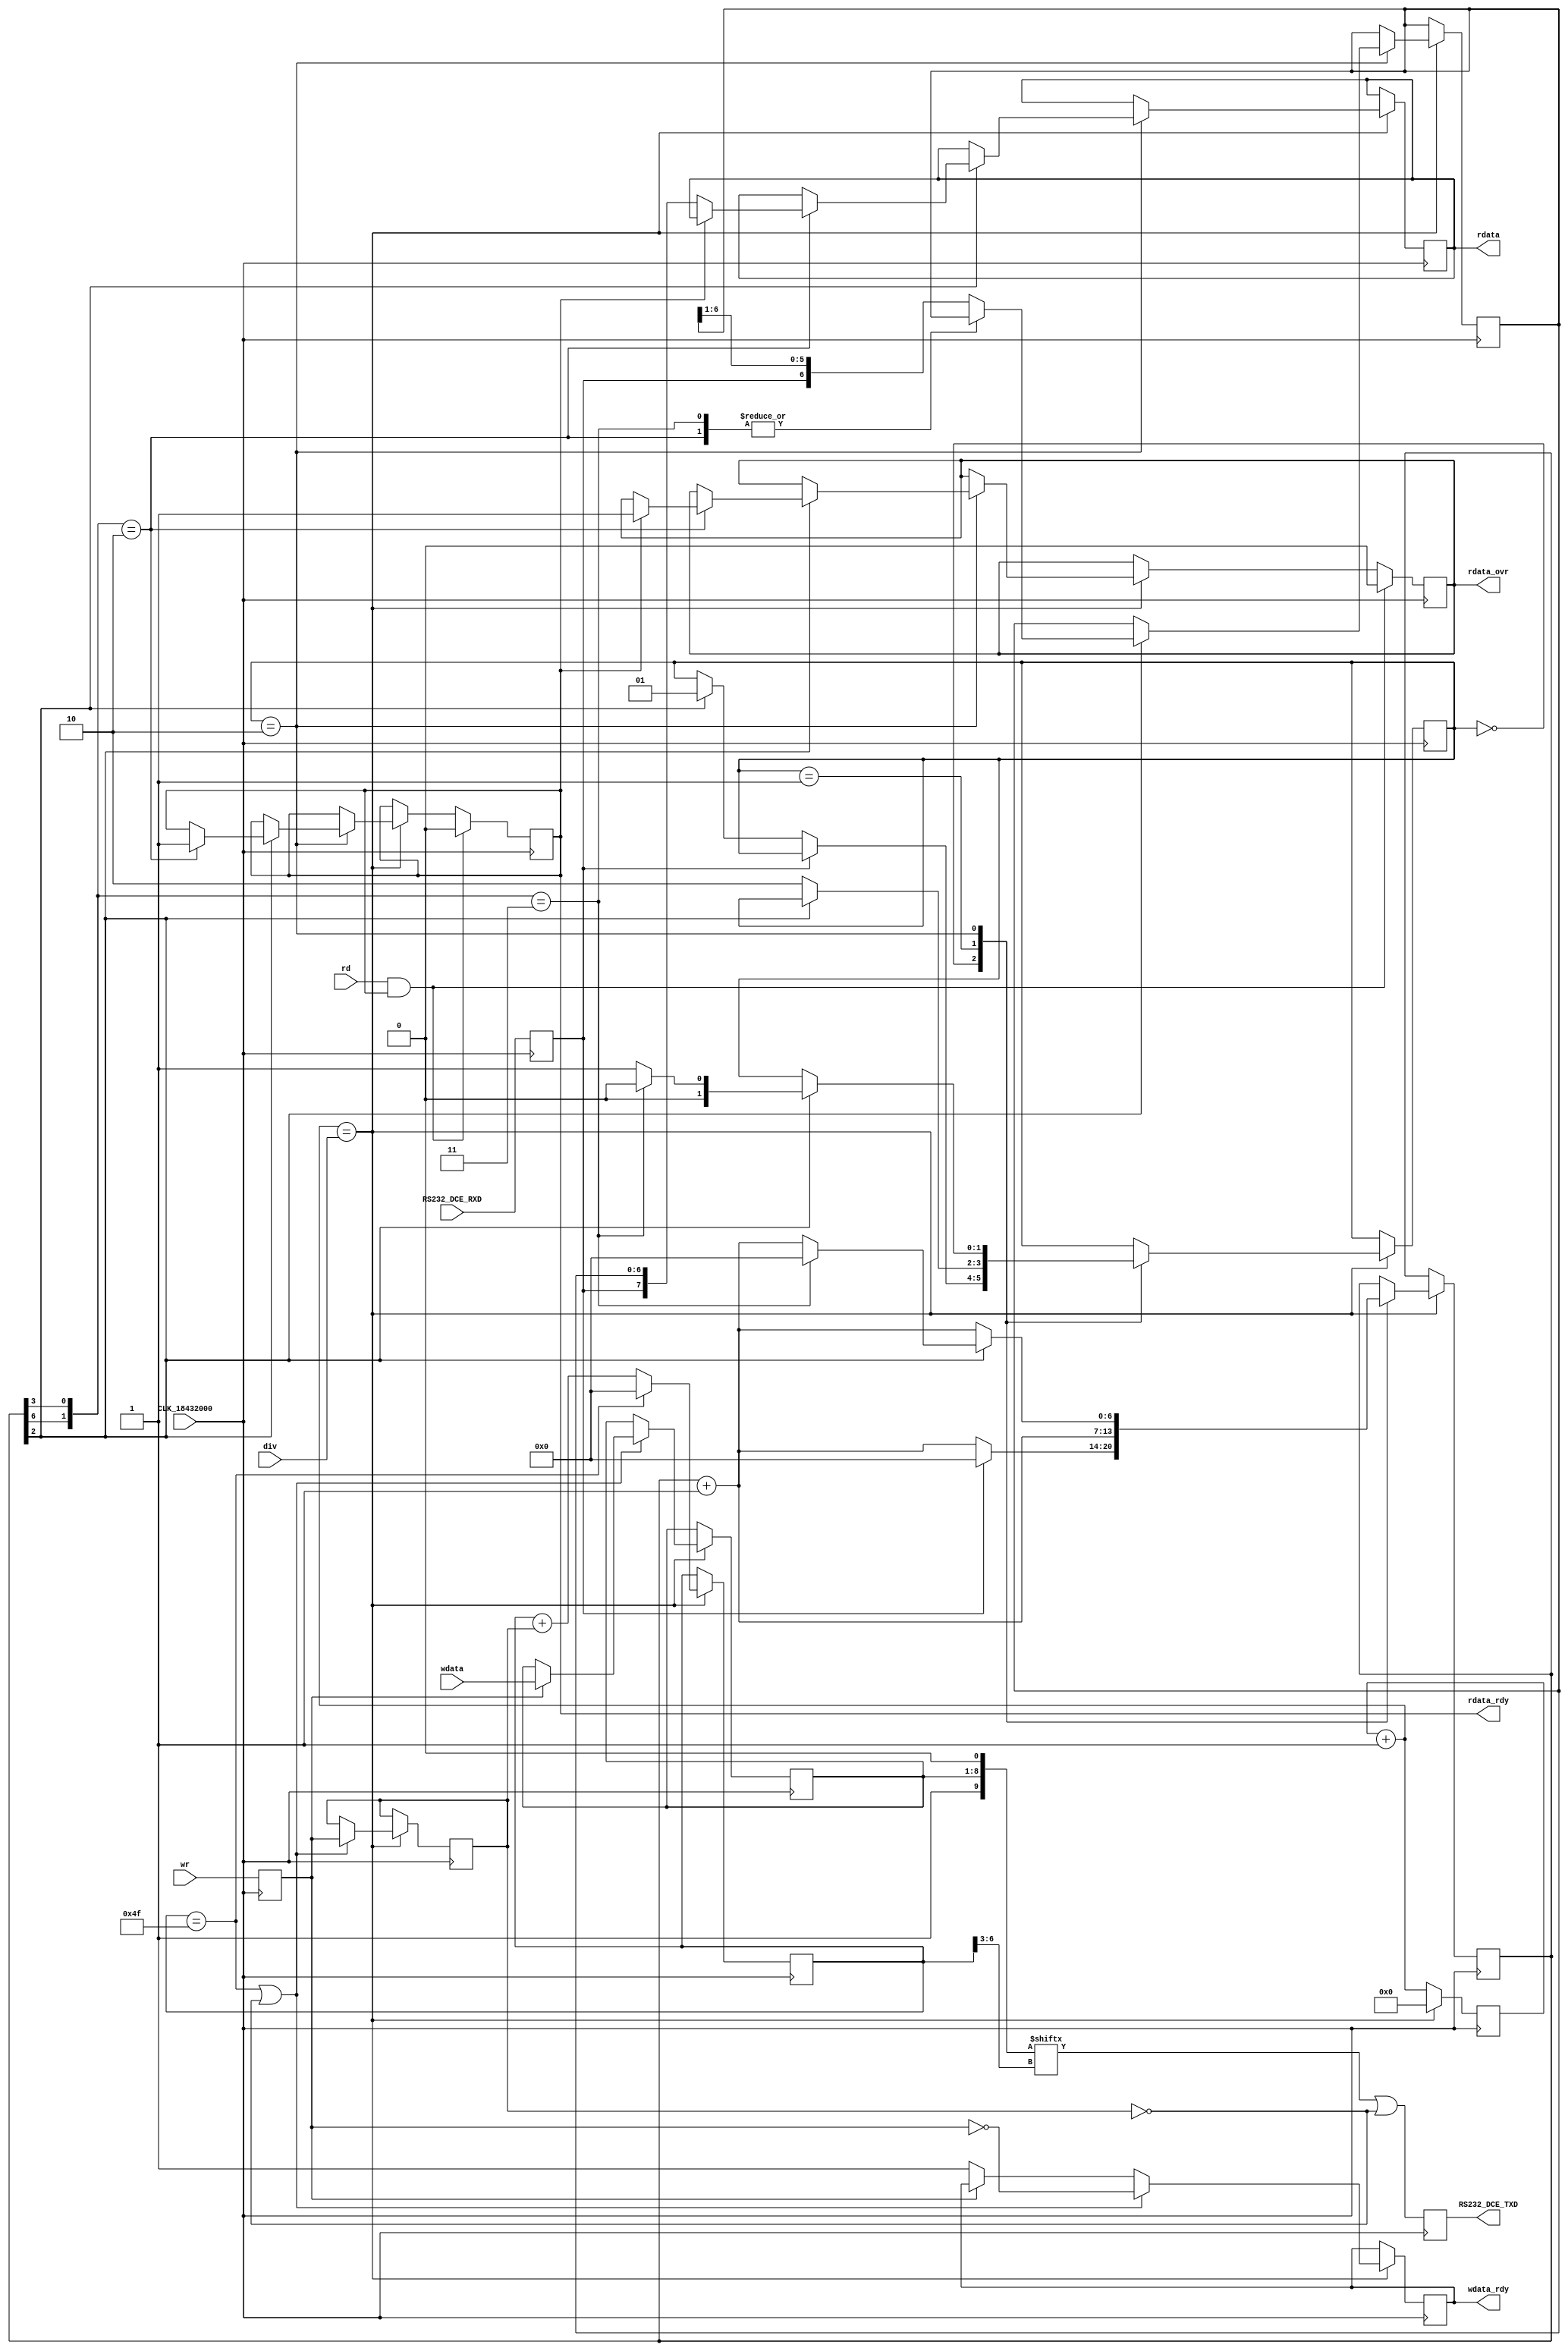
`timescale 1ns / 1ps
//////////////////////////////////////////////////////////////////////////////////
//
// This file is part of the Next186 Soc PC project
// http://opencores.org/project,next186
//
// Description: Part of the Next186 SoC PC project, rs232 physical interface
// Version 1.0
//
//
/////////////////////////////////////////////////////////////////////////////////
// 
// Copyright (C) 2015 Nicolae Dumitrache
// 
// This source file may be used and distributed without 
// restriction provided that this copyright statement is not 
// removed from the file and that any derivative work contains 
// the original copyright notice and the associated disclaimer.
// 
// This source file is free software; you can redistribute it 
// and/or modify it under the terms of the GNU Lesser General 
// Public License as published by the Free Software Foundation;
// either version 2.1 of the License, or (at your option) any 
// later version. 
// 
// This source is distributed in the hope that it will be 
// useful, but WITHOUT ANY WARRANTY; without even the implied 
// warranty of MERCHANTABILITY or FITNESS FOR A PARTICULAR 
// PURPOSE. See the GNU Lesser General Public License for more 
// details. 
// 
// You should have received a copy of the GNU Lesser General 
// Public License along with this source; if not, download it 
// from http://www.opencores.org/lgpl.shtml 
// 
///////////////////////////////////////////////////////////////////////////////////
// Additional Comments: 
//
//////////////////////////////////////////////////////////////////////////////////


module rs232_phy (
		input CLK_18432000, 
		input RS232_DCE_RXD,
		output reg RS232_DCE_TXD,
		input [15:0]div,
		output reg [7:0]rdata,
		output reg rdata_rdy = 1'b0,	// when rdata_rdy=1, keep rd=1 until rdata_rdy=0. (!)asserted on the same clock edge as rdata
		output reg rdata_ovr = 1'b0,	// data override (resets when rd=1)
		output reg wdata_rdy = 1'b0,	
		input rd,
		input wr,
		input [7:0]wdata // set wdata when wdata_rdy=1, keep it with wr=1 until wdata_rdy=0, then drive wr=0 until wdata_rdy=1
	);
	
	reg [15:0]cnt = 16'h0000;
	reg [1:0]STATE = 3'b000;
	reg [6:0]WSTATE = 6'b000000;
	reg [6:0]sample = 7'h00;
	reg [6:0]rdata1;
	reg [7:0]wdata1;
	reg sending = 1'b0;
	reg swr = 1'b0;
	reg sRS232_DCE_RXD = 1'b0;
	wire [15:0]cnt1 = cnt + 1'b1;
	wire ce = cnt1 == div;
	wire [9:0]wdata2 = {1'b1, wdata1, 1'b0};
		
	
	always @(posedge CLK_18432000) begin
		cnt <= ce ? 16'h0000 : cnt1;
		RS232_DCE_TXD <= wdata2[WSTATE[6:3]] | !sending;
		swr <= wr;
		sRS232_DCE_RXD <= RS232_DCE_RXD;
		
		if(ce) begin
// read
			case(STATE)
				0: if(sRS232_DCE_RXD) sample <= 7'h00;
				   else begin
						sample <= sample + 1'b1;
						if(sample[2]) STATE <= 1;
				   end
				1: begin
					sample <= sample + 1'b1;
					if(!sample[2]) STATE <= 2;
				end
				2: begin
					sample <= sample + 1'b1;
					if(sample[2]) 
						case({sample[6], sample[3]})
							2: begin 		// last data bit
								if(!rdata_rdy) rdata <= {sRS232_DCE_RXD, rdata1};
								else rdata_ovr <= 1'b1;
								rdata_rdy <= 1'b1;
								STATE <= 1;
							end
							3: begin
								sample <= 7'h00;
								STATE <= 0;	// stop bit
							end
							default: begin
								rdata1 <= {sRS232_DCE_RXD, rdata1[6:1]};
								STATE <= 1;
							end
						endcase
				end
			endcase
// write
			if(WSTATE == 7'b1001111) WSTATE <= 7'b000000;
			else WSTATE <= WSTATE + sending;
				
			if(WSTATE == 7'b1001111 || !sending) begin
				sending <= swr;
				if(swr) wdata1 <= wdata;
				wdata_rdy <= !swr;
			end else if(!swr) wdata_rdy <= 1'b1;
				
		end 
			
		if(rd && rdata_rdy) begin
			rdata_rdy <= 1'b0;
			rdata_ovr <= 1'b0;
		end

	end
	
endmodule